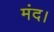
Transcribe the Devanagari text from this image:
मंद।